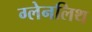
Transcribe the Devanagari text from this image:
ग्लेनलिथ